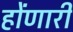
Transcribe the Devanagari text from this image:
होंणारी